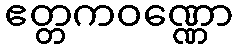
ဧတ္တကဝဏ္ဏော